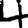
Digit: 4